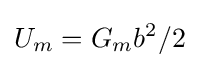
U_{m}=G_{m}b^{2}/2